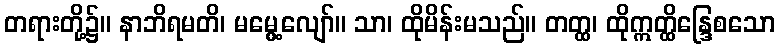
တရားတို့၌။ နာဘိရမတိ၊ မမွေ့လျော်။ သာ၊ ထိုမိန်းမသည်။ တတ္ထ၊ ထိုဣတ္ထိန္ဒြေစသော